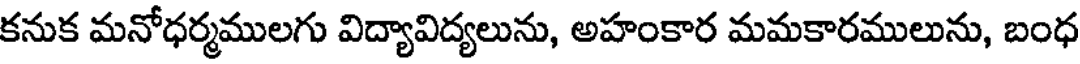
కనుక మనోధర్మములగు విద్యావిద్యలును, అహంకార మమకారములును, బంధ